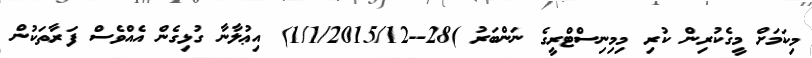
މިކަމަށް މީގެކުރިން ކުރި މިމިނިސްޓްރީގެ ނަންބަރު )28--1/1/2015/12) އިޢުލާނާ ގުޅިގެން އެއްވެސް ފަރާތަކުން